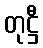
တုဋ္ဌီ